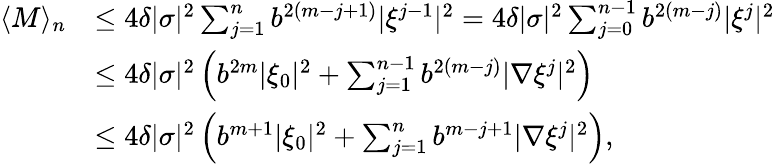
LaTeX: \begin{array}{rl}{\langle M\rangle_{n}}&{\leq 4\delta|\sigma|^{2}\sum_{j=1}^{n}b^{2(m-j+1)}|\xi^{j-1}|^{2}=4\delta|\sigma|^{2}\sum_{j=0}^{n-1}b^{2(m-j)}|\xi^{j}|^{2}}\\ &{\leq 4\delta|\sigma|^{2}\left(b^{2m}|\xi_{0}|^{2}+\sum_{j=1}^{n-1}b^{2(m-j)}|\nabla\xi^{j}|^{2}\right)}\\ &{\leq 4\delta|\sigma|^{2}\left(b^{m+1}|\xi_{0}|^{2}+\sum_{j=1}^{n}b^{m-j+1}|\nabla\xi^{j}|^{2}\right),}\end{array}